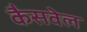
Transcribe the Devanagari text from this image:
कैसवेल